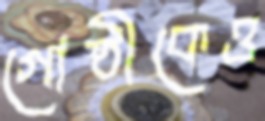
গোষ্ঠীকেও